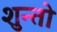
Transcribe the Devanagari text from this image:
शुन्तो